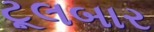
ટૂલબાર